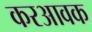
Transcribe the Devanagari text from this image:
करआवक